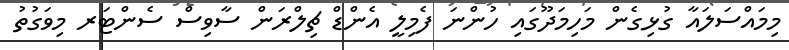
މިމައްސަލައާ ގުޅިގެން މަހިމަދޫގައި ހުންނަ ފެމިލީ އެންޑް ޗިލްރަން ސާވިސް ސެންޓަރ މިވަގުތު